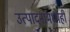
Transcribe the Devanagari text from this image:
उत्पादनांमध्येही